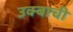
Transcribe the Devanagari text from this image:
उक्बाची